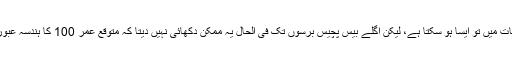
کچھ واقعات میں تو ایسا ہو سکتا ہے، لیکن اگلے بیس پچیس برسوں تک فی الحال یہ ممکن دکھائی نہیں دیتا کہ متوقع عمر 100 کا ہندسہ عبور کر لے۔